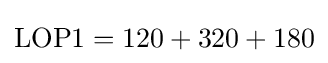
{\mbox{LOP1}}=120+320+180